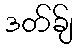
ဒတ်ခ်ျ